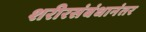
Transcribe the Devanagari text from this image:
शरीरसंबंधानंतर